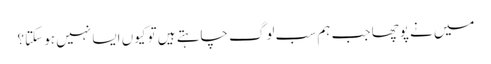
میں نے پوچھا جب ہم سب لوگ چاہتے ہیں تو کیوں ایسا نہیں ہو سکتا؟